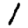
Digit: 1